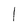
Character: l